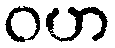
ဝဟ